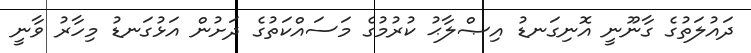
ދައުލަތުގެ ގާނޫނީ އޮނިގަނޑު އިޞްލާޙު ކުރުމުގެ މަސައްކަތުގެ ދަށުން އަޅުގަނޑު މިހާރު ވާނީ